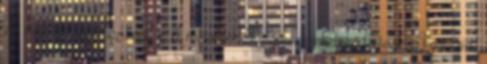
vizi életközösségekhez közel. A rózsafélék Rosaceae családjába tartozik. Krémszínű